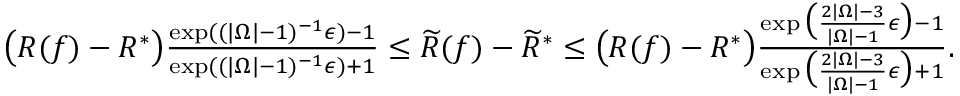
\begin{array} { r } { \big ( R ( f ) - R ^ { * } \big ) \frac { \exp ( ( | \Omega | - 1 ) ^ { - 1 } \epsilon ) - 1 } { \exp ( ( | \Omega | - 1 ) ^ { - 1 } \epsilon ) + 1 } \leq \widetilde { R } ( f ) - \widetilde { R } ^ { * } \leq \big ( R ( f ) - R ^ { * } \big ) \frac { \exp \big ( \frac { 2 | \Omega | - 3 } { | \Omega | - 1 } \epsilon \big ) - 1 } { \exp \big ( \frac { 2 | \Omega | - 3 } { | \Omega | - 1 } \epsilon \big ) + 1 } . } \end{array}